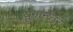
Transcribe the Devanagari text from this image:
युगानंतर